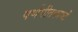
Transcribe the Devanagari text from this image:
पर्णपीतकाभों